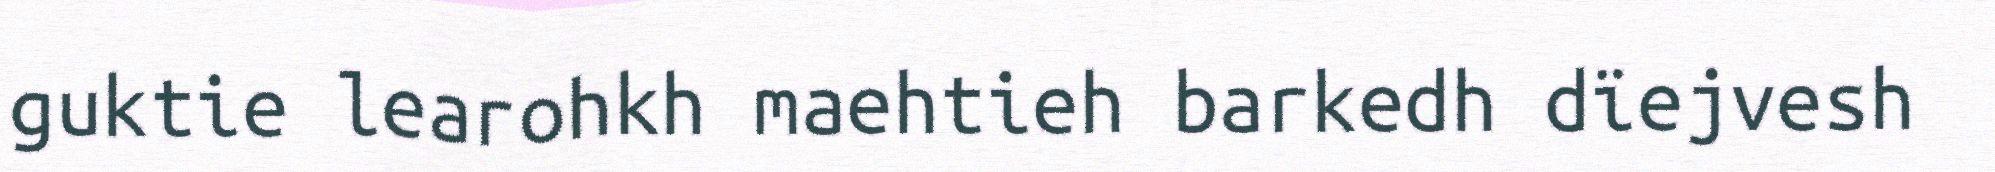
guktie learohkh maehtieh barkedh dïejvesh